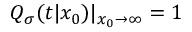
Q _ { \sigma } ( t | x _ { 0 } ) | _ { x _ { 0 } \to \infty } = 1